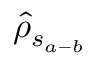
\hat { \rho } _ { s _ { a - b } }